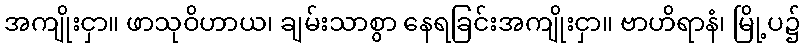
အကျိုးငှာ။ ဖာသုဝိဟာယ၊ ချမ်းသာစွာ နေရခြင်းအကျိုးငှာ။ ဗာဟိရာနံ၊ မြို့ပ၌